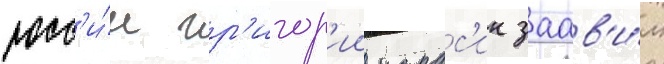
росс'и́и гр'игор'ии карас'ин заав'и́л